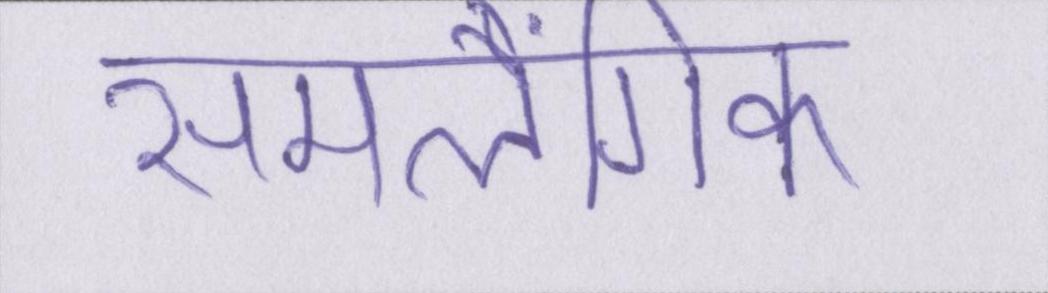
समलैंगिक